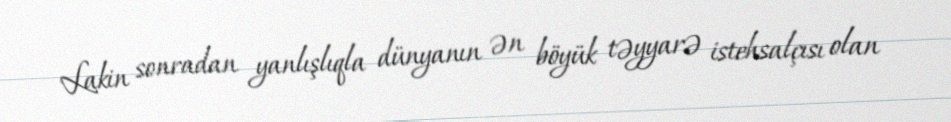
Lakin sonradan yanlışlıqla dünyanın ən böyük təyyarə istehsalçısı olan